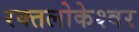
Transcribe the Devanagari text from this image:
रक्तलोकेश्वर